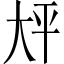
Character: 𫯡